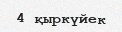
4 қыркүйек